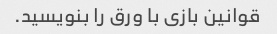
قوانین بازی با ورق را بنویسید.